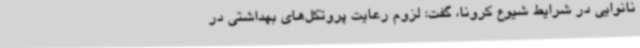
نانوایی در شرایط شیوع کرونا، گفت: لزوم رعایت پروتکل‌های بهداشتی در